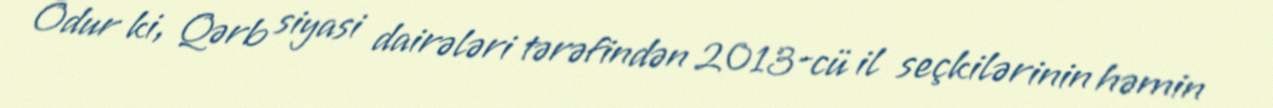
Odur ki, Qərb siyasi dairələri tərəfindən 2013-cü il seçkilərinin həmin